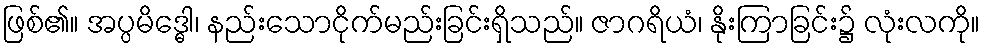
ဖြစ်၏။ အပ္ပမိဒ္ဓေါ၊ နည်းသောငိုက်မည်းခြင်းရှိသည်။ ဇာဂရိယံ၊ နိုးကြာခြင်း၌ လုံးလကို။